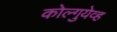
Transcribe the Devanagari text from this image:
कोल्गुयेव्ह